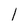
Character: l